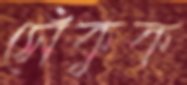
সেঁকুক